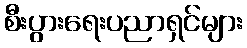
စီးပွားရေးပညာရှင်များ